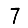
Digit: 7